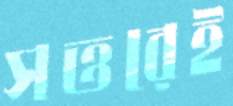
সত্তরেই